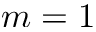
m = 1